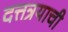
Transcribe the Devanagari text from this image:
दत्तत्रयाची